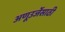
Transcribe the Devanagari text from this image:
अणूउर्जेसाठी